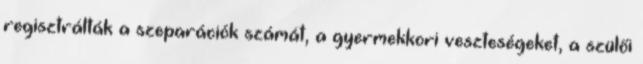
regisztrálták a szeparációk számát, a gyermekkori veszteségeket, a szülői